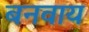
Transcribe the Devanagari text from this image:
बनवाय